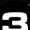
Digit: 3